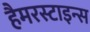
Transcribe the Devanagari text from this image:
हैमरस्टाइन्स